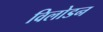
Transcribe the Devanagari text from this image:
विलोडन